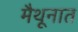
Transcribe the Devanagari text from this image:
मैथूनात